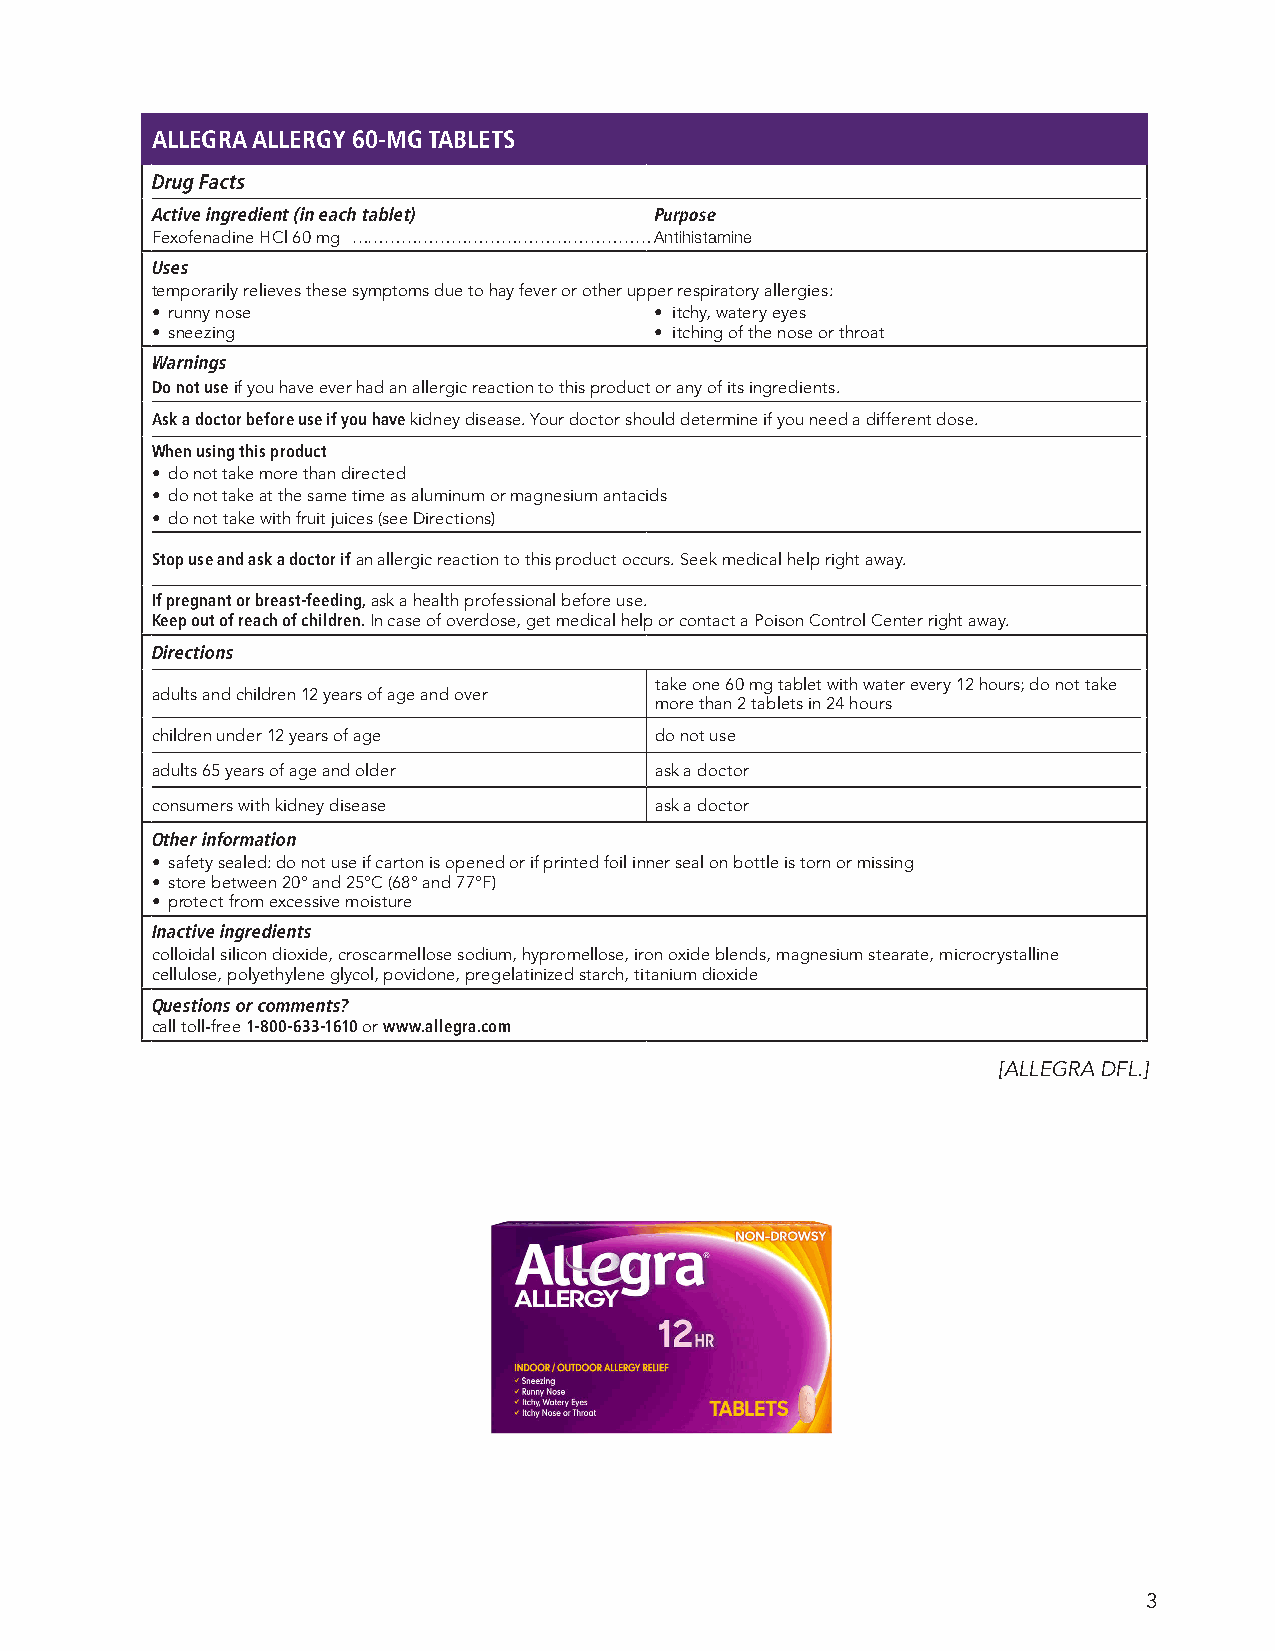
ALLEGRA ALLERGY 60-MG TABLETS
 Drug Facts
 Active ingredient (in each tablet) Purpose
 Fexofenadine HCl 60 mg ………………………………………………Antihistamine
 Uses
 temporarily relieves these symptoms due to hay fever or other upper respiratory allergies:
 • runny nose                     • itchy, watery eyes
 • sneezing                       • itching of the nose or throat
 Warnings
 Do not use if you have ever had an allergic reaction to this product or any of its ingredients.
 Ask a doctor before use if you have kidney disease. Your doctor should determine if you need a different dose.
 When using this product
 • do not take more than directed
 • do not take at the same time as aluminum or magnesium antacids
 • do not take with fruit juices (see Directions)
 Stop use and ask a doctor if an allergic reaction to this product occurs. Seek medical help right away.
 If pregnant or breast-feeding, ask a health professional before use.
 Keep out of reach of children. In case of overdose, get medical help or contact a Poison Control Center right away.
 Directions
 take one 60 mg tablet with water every 12 hours; do not take
 adults and children 12 years of age and over
 more than 2 tablets in 24 hours
 children under 12 years of age   do not use
 adults 65 years of age and older ask a doctor
 consumers with kidney disease    ask a doctor
 Other information
 • safety sealed: do not use if carton is opened or if printed foil inner seal on bottle is torn or missing
 • store between 20° and 25°C (68° and 77°F)
 • protect from excessive moisture
 Inactive ingredients
 colloidal silicon dioxide, croscarmellose sodium, hypromellose, iron oxide blends, magnesium stearate, microcrystalline
 cellulose, polyethylene glycol, povidone, pregelatinized starch, titanium dioxide
 Questions or comments?
 call toll-free 1-800-633-1610 or www.allegra.com
 [ALLEGRA DFL.]
 3